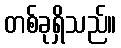
တစ်ခုရှိသည်။